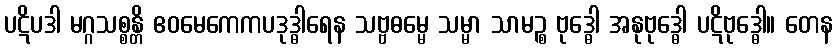
ပဋိပဒါ မဂ္ဂသစ္စန္တိ ဧဝမေကေကပဒုဒ္ဓါရေန သဗ္ဗဓမ္မေ သမ္မာ သာမဉ္စ ဗုဒ္ဓေါ အနုဗုဒ္ဓေါ ပဋိဗုဒ္ဓေါ။ တေန